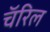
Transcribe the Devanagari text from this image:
चॅरिल